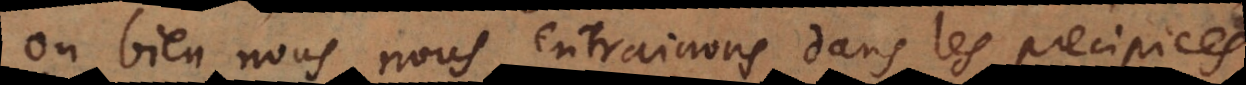
ou bien nous nous entrainons dans les principes